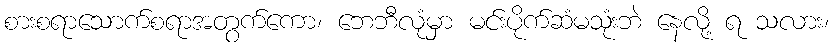
စားစရာသောက်စရာအတွက်ကော၊ ဘေဘီလုံမှာ မင်းပိုက်ဆံမသုံးဘဲ နေလို့ ရ သလား၊